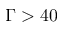
\Gamma > 4 0